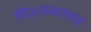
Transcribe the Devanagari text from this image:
पिशव्यांवर